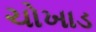
ચોખાડ